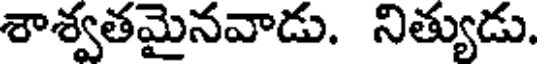
శాశ్వతమైనవాడు. నిత్యుడు.